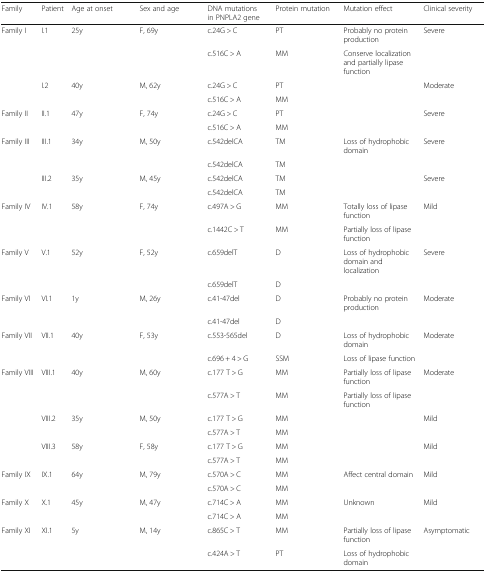
<table><thead><tr><td><b>Family</b></td><td><b>Patient</b></td><td><b>Age at onset</b></td><td><b>Sex and age</b></td><td><b>DNA mutations in PNPLA2 gene</b></td><td><b>Protein mutation</b></td><td><b>Mutation effect</b></td><td><b>Clinical severity</b></td></tr></thead><tbody><tr><td>Family I</td><td>I.1</td><td>25y</td><td>F, 69y</td><td>c.24G &gt; C</td><td>PT</td><td>Probably no protein production</td><td>Severe</td></tr><tr><td></td><td></td><td></td><td></td><td>c.516C &gt; A</td><td>MM</td><td>Conserve localization and partially lipase function</td><td></td></tr><tr><td></td><td>I.2</td><td>40y</td><td>M, 62y</td><td>c.24G &gt; C</td><td>PT</td><td></td><td>Moderate</td></tr><tr><td></td><td></td><td></td><td></td><td>c.516C &gt; A</td><td>MM</td><td></td><td></td></tr><tr><td>Family II</td><td>II.1</td><td>47y</td><td>F, 74y</td><td>c.24G &gt; C</td><td>PT</td><td></td><td>Severe</td></tr><tr><td></td><td></td><td></td><td></td><td>c.516C &gt; A</td><td>MM</td><td></td><td></td></tr><tr><td>Family III</td><td>III.1</td><td>34y</td><td>M, 50y</td><td>c.542delCA</td><td>TM</td><td>Loss of hydrophobic domain</td><td>Severe</td></tr><tr><td></td><td></td><td></td><td></td><td>c.542delCA</td><td>TM</td><td></td><td></td></tr><tr><td></td><td>III.2</td><td>35y</td><td>M, 45y</td><td>c.542delCA</td><td>TM</td><td></td><td>Severe</td></tr><tr><td></td><td></td><td></td><td></td><td>c.542delCA</td><td>TM</td><td></td><td></td></tr><tr><td>Family IV</td><td>IV.1</td><td>58y</td><td>F, 74y</td><td>c.497A &gt; G</td><td>MM</td><td>Totally loss of lipase function</td><td>Mild</td></tr><tr><td></td><td></td><td></td><td></td><td>c.1442C &gt; T</td><td>MM</td><td>Partially loss of lipase function</td><td></td></tr><tr><td>Family V</td><td>V.1</td><td>52y</td><td>F, 52y</td><td>c.659delT</td><td>D</td><td>Loss of hydrophobic domain and localization</td><td>Severe</td></tr><tr><td></td><td></td><td></td><td></td><td>c.659delT</td><td>D</td><td></td><td></td></tr><tr><td>Family VI</td><td>VI.1</td><td>1y</td><td>M, 26y</td><td>c.41-47del</td><td>D</td><td>Probably no protein production</td><td>Moderate</td></tr><tr><td></td><td></td><td></td><td></td><td>c.41-47del</td><td>D</td><td></td><td></td></tr><tr><td>Family VII</td><td>VII.1</td><td>40y</td><td>F, 53y</td><td>c.553-565del</td><td>D</td><td>Loss of hydrophobic domain</td><td>Moderate</td></tr><tr><td></td><td></td><td></td><td></td><td>c.696 + 4 &gt; G</td><td>SSM</td><td>Loss of lipase function</td><td></td></tr><tr><td>Family VIII</td><td>VIII.1</td><td>40y</td><td>M, 60y</td><td>c.177 T &gt; G</td><td>MM</td><td>Partially loss of lipase function</td><td>Moderate</td></tr><tr><td></td><td></td><td></td><td></td><td>c.577A &gt; T</td><td>MM</td><td>Partially loss of lipase function</td><td></td></tr><tr><td></td><td>VIII.2</td><td>35y</td><td>M, 50y</td><td>c.177 T &gt; G</td><td>MM</td><td></td><td>Mild</td></tr><tr><td></td><td></td><td></td><td></td><td>c.577A &gt; T</td><td>MM</td><td></td><td></td></tr><tr><td></td><td>VIII.3</td><td>58y</td><td>F, 58y</td><td>c.177 T &gt; G</td><td>MM</td><td></td><td>Mild</td></tr><tr><td></td><td></td><td></td><td></td><td>c.577A &gt; T</td><td>MM</td><td></td><td></td></tr><tr><td>Family IX</td><td>IX.1</td><td>64y</td><td>M, 79y</td><td>c.570A &gt; C</td><td>MM</td><td>Affect central domain</td><td>Mild</td></tr><tr><td></td><td></td><td></td><td></td><td>c.570A &gt; C</td><td>MM</td><td></td><td></td></tr><tr><td>Family X</td><td>X.1</td><td>45y</td><td>M, 47y</td><td>c.714C &gt; A</td><td>MM</td><td>Unknown</td><td>Mild</td></tr><tr><td></td><td></td><td></td><td></td><td>c.714C &gt; A</td><td>MM</td><td></td><td></td></tr><tr><td>Family XI</td><td>XI.1</td><td>5y</td><td>M, 14y</td><td>c.865C &gt; T</td><td>MM</td><td>Partially loss of lipase function</td><td>Asymptomatic</td></tr><tr><td></td><td></td><td></td><td></td><td>c.424A &gt; T</td><td>PT</td><td>Loss of hydrophobic domain</td><td></td></tr></tbody></table>